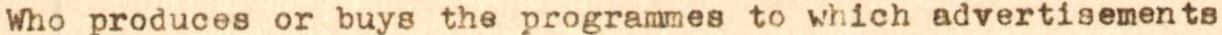
Who produces or buys the programmes to which advertisements